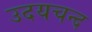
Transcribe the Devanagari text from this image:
उदयचन्द